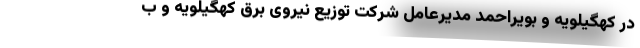
در کهگیلویه و بویراحمد مدیرعامل شرکت توزیع نیروی برق کهگیلویه و ب